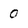
Character: 0